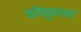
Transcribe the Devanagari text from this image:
चौफ्फुल्ला